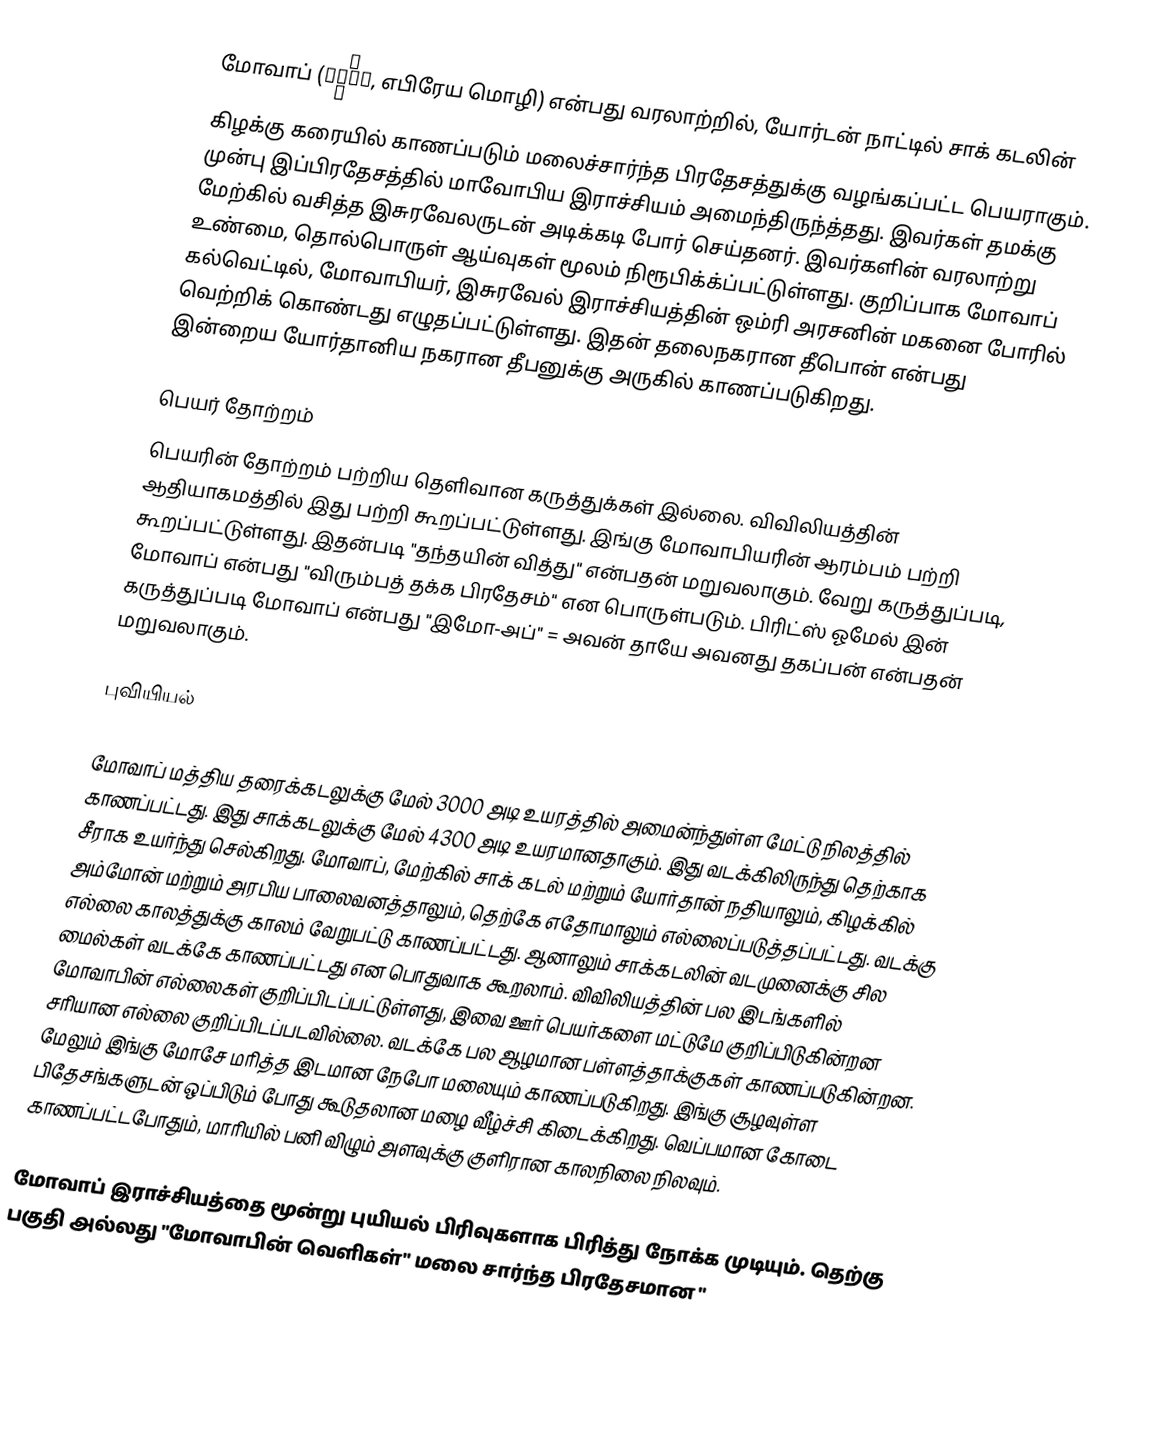
மோவாப் (מוֹאָב, எபிரேய மொழி) என்பது வரலாற்றில், யோர்டன் நாட்டில் சாக் கடலின் கிழக்கு கரையில் காணப்படும் மலைச்சார்ந்த பிரதேசத்துக்கு வழங்கப்பட்ட பெயராகும். முன்பு இப்பிரதேசத்தில் மாவோபிய இராச்சியம் அமைந்திருந்த்தது. இவர்கள் தமக்கு மேற்கில் வசித்த இசுரவேலருடன் அடிக்கடி போர் செய்தனர். இவர்களின் வரலாற்று உண்மை, தொல்பொருள் ஆய்வுகள் மூலம் நிரூபிக்க்ப்பட்டுள்ளது. குறிப்பாக மோவாப் கல்வெட்டில், மோவாபியர், இசுரவேல் இராச்சியத்தின் ஒம்ரி அரசனின் மகனை போரில் வெற்றிக் கொண்டது எழுதப்பட்டுள்ளது. இதன் தலைநகரான தீபொன் என்பது இன்றைய யோர்தானிய நகரான தீபனுக்கு அருகில் காணப்படுகிறது.

பெயர் தோற்றம்
பெயரின் தோற்றம் பற்றிய தெளிவான கருத்துக்கள் இல்லை. விவிலியத்தின் ஆதியாகமத்தில் இது பற்றி கூறப்பட்டுள்ளது.  இங்கு மோவாபியரின் ஆரம்பம் பற்றி கூறப்பட்டுள்ளது. இதன்படி "தந்தயின் வித்து" என்பதன் மறுவலாகும். வேறு கருத்துப்படி, மோவாப் என்பது "விரும்பத் தக்க பிரதேசம்" என பொருள்படும். பிரிட்ஸ் ஓமேல் இன் கருத்துப்படி மோவாப் என்பது "இமோ-அப்" = அவன் தாயே அவனது தகப்பன் என்பதன் மறுவலாகும்.

புவியியல்

மோவாப் மத்திய தரைக்கடலுக்கு மேல் 3000 அடி உயரத்தில் அமைன்ந்துள்ள மேட்டு நிலத்தில் காணப்பட்டது. இது சாக்கடலுக்கு மேல் 4300 அடி உயரமானதாகும். இது வடக்கிலிருந்து தெற்காக சீராக உயர்ந்து செல்கிறது. மோவாப், மேற்கில் சாக் கடல் மற்றும் யோர்தான் நதியாலும், கிழக்கில் அம்மோன் மற்றும் அரபிய பாலைவனத்தாலும், தெற்கே எதோமாலும் எல்லைப்படுத்தப்பட்டது. வடக்கு எல்லை காலத்துக்கு காலம் வேறுபட்டு காணப்பட்டது. ஆனாலும் சாக்கடலின் வடமுனைக்கு சில மைல்கள் வடக்கே காணப்பட்டது என பொதுவாக கூறலாம். விவிலியத்தின் பல இடங்களில் மோவாபின் எல்லைகள் குறிப்பிடப்பட்டுள்ளது, இவை ஊர் பெயர்களை மட்டுமே குறிப்பிடுகின்றன சரியான எல்லை குறிப்பிடப்படவில்லை.  வடக்கே பல ஆழமான பள்ளத்தாக்குகள் காணப்படுகின்றன. மேலும் இங்கு மோசே மரித்த இடமான நேபோ மலையும் காணப்படுகிறது. இங்கு சூழவுள்ள பிதேசங்களுடன் ஒப்பிடும் போது கூடுதலான மழை வீழ்ச்சி கிடைக்கிறது. வெப்பமான கோடை காணப்பட்டபோதும், மாரியில் பனி விழும் அளவுக்கு குளிரான காலநிலை நிலவும்.

மோவாப் இராச்சியத்தை மூன்று புயியல் பிரிவுகளாக பிரித்து நோக்க முடியும். தெற்கு பகுதி அல்லது "மோவாபின் வெளிகள்"   மலை சார்ந்த பிரதேசமான "